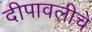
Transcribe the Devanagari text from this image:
दीपावलीचे